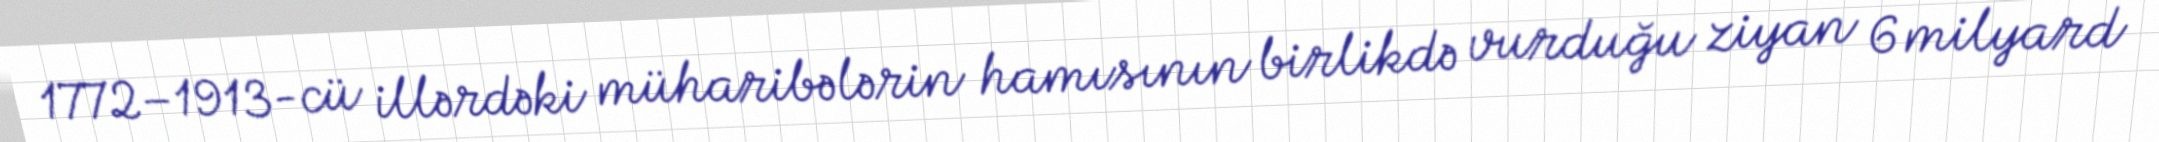
1772–1913-cü illərdəki müharibələrin hamısının birlikdə vurduğu ziyan 6 milyard